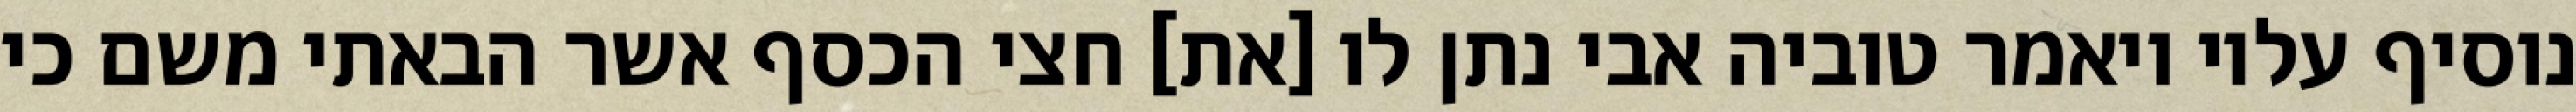
נוסיף עליו ויאמר טוביה אבי נתן לו [את] חצי הכסף אשר הבאתי משם כי